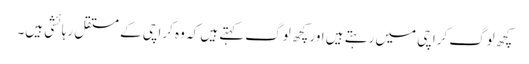
کچھ لوگ کراچی میں رہتے ہیں اور کچھ لوگ کہتے ہیں کہ وہ کراچی کے مستقل رہائشی ہیں۔